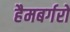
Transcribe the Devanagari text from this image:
हैमबर्गरों